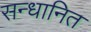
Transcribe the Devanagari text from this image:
सन्धानित